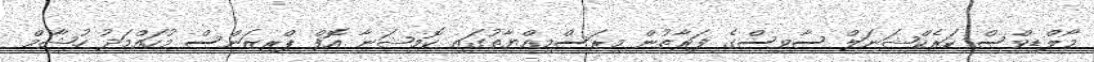
މޯލްޑިވްސް ކަރެކްޝަނަލް ސާވިސްގެ ފަރާތުން މިރަސްމިއްޔާތުގައި ކޮމިޝަނާ އޮފް ޕްރިޒަންސް މުހައްމަދު ހުޝާމް